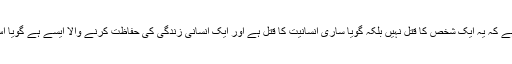
یعنی ایک انسانی جان کی اہمیت اتنی ہے کہ یہ ایک شخص کا قتل نہیں بلکہ گویا ساری انسانیت کا قتل ہے اور ایک انسانی زندگی کی حفاظت کرنے والا ایسے ہے گویا اس نے ساری انسانیت کی حفاظت ہے۔